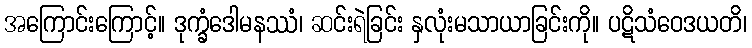
အကြောင်းကြောင့်။ ဒုက္ခံဒေါမနဿံ၊ ဆင်းရဲခြင်း နှလုံးမသာယာခြင်းကို။ ပဋိသံဝေဒယတိ၊